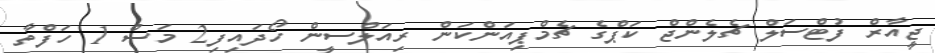
ޖީއާރް ފުޓްސަލް ޗެލެންޖް ކަޕްގެ ޗެމްޕިއަންކަން ރިއަލްސީން ހޯދައިފި2 މަސް 1 ހަފްތާ